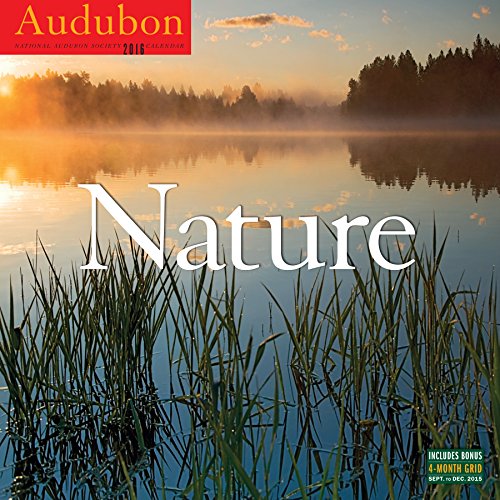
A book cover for Audubon Nature Wall Calendar 2016; National Audubon Society; Calendars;